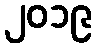
၂၀၁၉